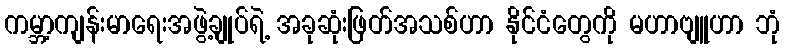
ကမ္ဘာ့ကျန်းမာရေးအဖွဲ့ချုပ်ရဲ့ အခုဆုံးဖြတ်အသစ်ဟာ နိုင်ငံတွေကို မဟာဗျူဟာ ဘုံ